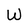
Character: W